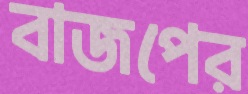
বাজপের